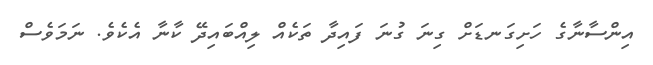
އިންސާނާގެ ހަށިގަނޑަށް ގިނަ ގުނަ ފައިދާ ތަކެއް ލިއްބައިދޭ ކާނާ އެކެވެ. ނަމަވެސް